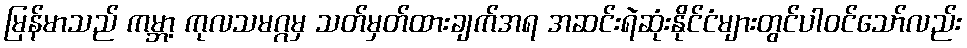
မြန်မာသည် ကမ္ဘာ့ ကုလသမဂ္ဂမှ သတ်မှတ်ထားချက်အရ အဆင်းရဲဆုံးနိုင်ငံများတွင်ပါဝင်သော်လည်း